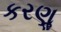
કરણૢ